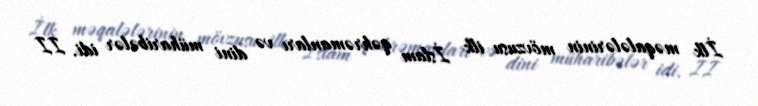
İlk məqalələrinin mövzusu ilk İslam qəhrəmanları və dini müharibələr idi. II